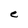
Character: e